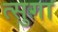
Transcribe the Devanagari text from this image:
त्सुगा